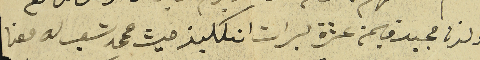
ولدنا مجيد قيمة عشرة ليرات انكليز حيث محمد شعب له معنا